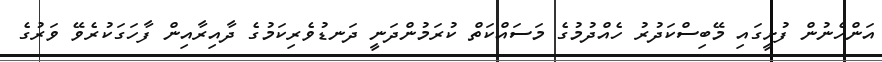
އަންހެނުން ފުށީގައި މޭބިސްކަދުރު ހެއްދުމުގެ މަސައްކަތް ކުރަމުންދަނީ ދަނޑުވެރިކަމުގެ ދާއިރާއިން ފާހަގަކުރެވޭ ވަރުގެ